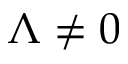
\Lambda \neq 0